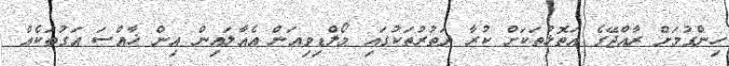
ހިންގުމަށް ރާއްޖޭގެ އަތޮޅުތަކަށް ކުރާ ދަތުރުތަކުގައި މޯލްޑިވިއަން އެއާލައިން އިން ޚާއްސަ އަގުތަކެއް